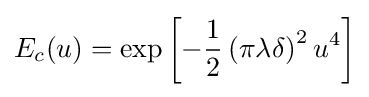
E_{c}(u)=\exp \left[-{\frac {1}{2}}\left(\pi \lambda \delta \right)^{2}u^{4}\right]